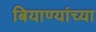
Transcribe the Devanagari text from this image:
बियाण्यांच्या